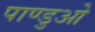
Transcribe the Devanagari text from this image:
पाण्डुओ